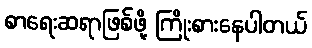
စာရေးဆရာဖြစ်ဖို့ ကြိုးစားနေပါတယ်